Plague in India, 1896, 1897 - Volume 1
Year: 1896
Disease focus: Plague
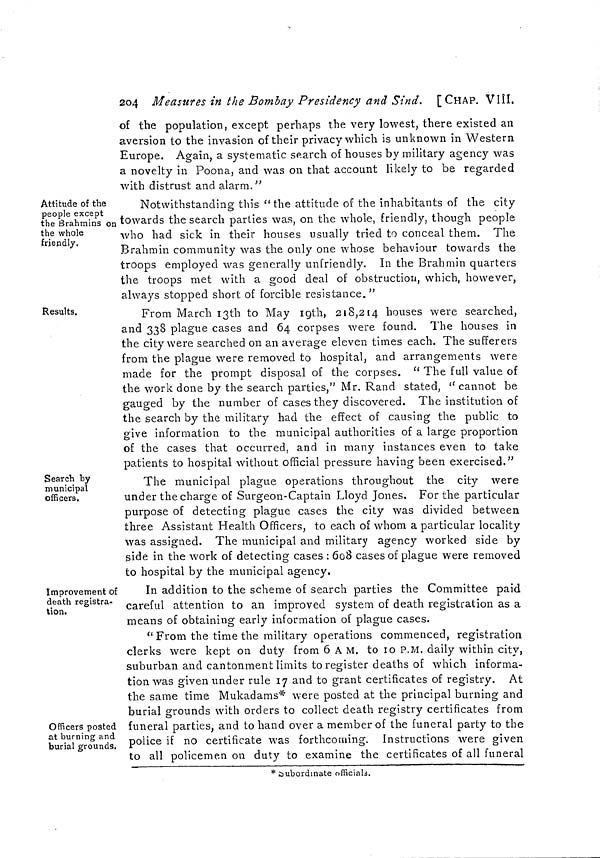
204 Measures in the Bombay Presidency and Sind. [CHAP. VIII.
of the population, except perhaps the very lowest, there existed an
aversion to the invasion of their privacy which is unknown in Western
Europe. Again, a systematic search of houses by military agency was
a novelty in Poona, and was on that account likely to be regarded
with distrust and alarm."
Attitude of the
people except
the Brahmins on
the whole
friendly.
Notwithstanding this " the attitude of the inhabitants of the city
towards the search parties was, on the whole, friendly, though people
who had sick in their houses usually tried to conceal them. The
Brahmin community was the only one whose behaviour towards the
troops employed was generally unfriendly. In the Brahmin quarters
the troops met with a good deal of obstruction, which, however,
always stopped short of forcible resistance."
Results,
From March I3th to May 19th, 218,214 houses were searched,
and 338 plague cases and 64 corpses were found. The houses in
the city were searched on an average eleven times each. The sufferers
from the plague were removed to hospital, and arrangements were
made for the prompt disposal of the corpses. " The full value of
the work done by the search parties," Mr. Rand stated, " cannot be
gauged by the number of cases they discovered. The institution of
the search by the military had the effect of causing the public to
give information to the municipal authorities of a large proportion
of the cases that occurred, and in many instances even to take
patients to hospital without official pressure having been exercised."
Search by
municipal
officers.
The municipal plague operations throughout the city were
under the charge of Surgeon-Captain Lloyd Jones. For the particular
purpose of detecting plague cases the city was divided between
three Assistant Health Officers, to each of whom a particular locality
was assigned. The municipal and military agency worked side by
side in the work of detecting cases : 608 cases of plague were removed
to hospital by the municipal agency.
Improvement of
death registra-
tion.
In addition to the scheme of search parties the Committee paid
careful attention to an improved system of death registration as a
means of obtaining early information of plague cases.
Officers posted
at burning and
burial grounds.
" From the time the military operations commenced, registration
clerks were kept on duty from 6 A M. to 10 P.M. daily within city,
suburban and cantonment limits to register deaths of which informa-
tion was given under rule 17 and to grant certificates of registry. At
the same time Mukadams* were posted at the principal burning and
burial grounds with orders to collect death registry certificates from
funeral parties, and to hand over a member of the funeral party to the
police if no certificate was forthcoming. Instructions were given
to all policemen on duty to examine the certificates of all funeral
* subordinate officials.